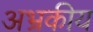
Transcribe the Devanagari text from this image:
अभ्रकीय